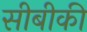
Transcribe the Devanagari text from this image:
सीबीकी